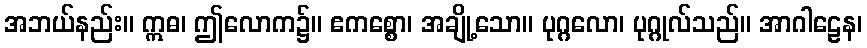
အဘယ်နည်း။ ဣဓ၊ ဤလောက၌။ ဧကစ္စော၊ အချို့သော။ ပုဂ္ဂလော၊ ပုဂ္ဂုလ်သည်။ အာဂါဠေန၊